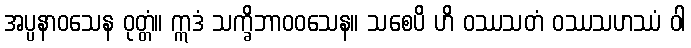
အပ္ပနာဝသေန ဝုတ္တံ။ ဣဒံ သက္ခိဘာဝဝသေန။ သစေပိ ဟိ ဝဿသတံ ဝဿသဟဿံ ဝါ